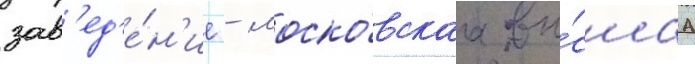
зав'ед'е́н'ие - моско́вскаа вы́сшаа